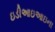
ઇડીઆઇઆઇના